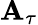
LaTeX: \mathbf{A}_{\tau}